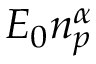
E _ { 0 } n _ { p } ^ { \alpha }